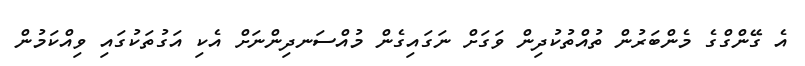
އެ ގޭންގްގެ މެންބަރުން ތުއްތުކުދިން ވަގަށް ނަގައިގެން މުއްސަނދިންނަށް އެކި އަގުތަކުގައި ވިއްކަމުން